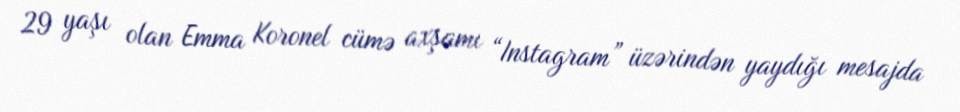
29 yaşı olan Emma Koronel cümə axşamı “Instagram” üzərindən yaydığı mesajda